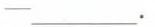
-___.